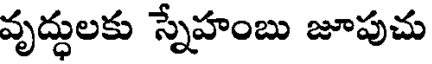
వృద్ధులకు స్నేహంబు జూపుచు